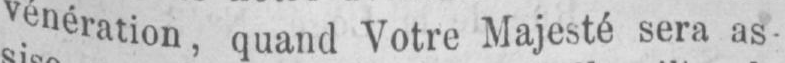
vénération, quand Votre Majesté sera as-